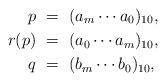
LaTeX: \begin{align*} p &\ =\ (a_m\cdots a_0)_{10},\\ r(p) &\ =\ (a_0\cdots a_m)_{10},\\ q & \ =\ (b_m\cdots b_0)_{10}, \end{align*}